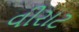
વીરાટ